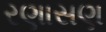
રણાસણ